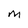
Character: M